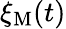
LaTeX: \xi_{\mathrm{M}}(t)